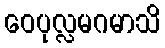
ဝေပုလ္လမဂမာသိ